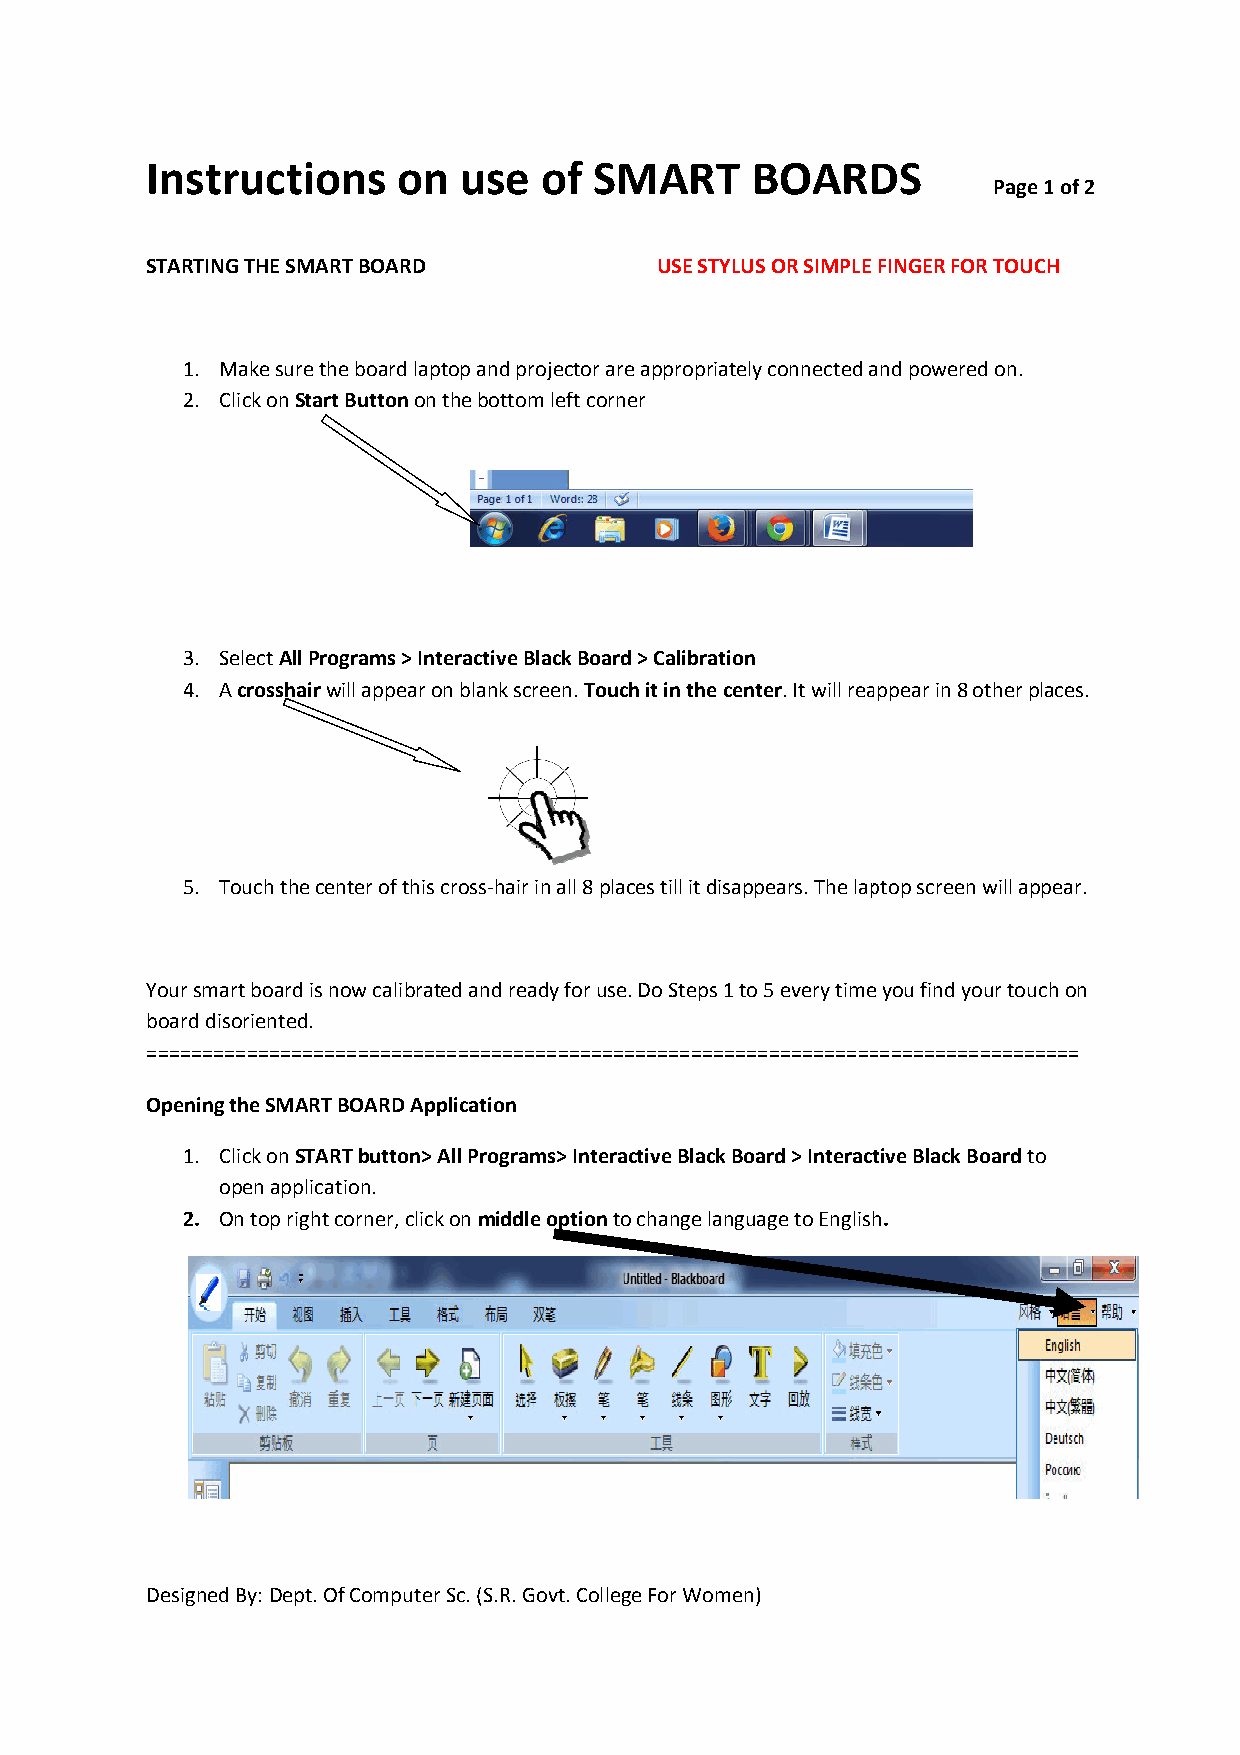
IIInnnssstttrrruuuccctttiiiooonnnsss ooonnn uuussseee ooofff SSSMMMAAARRRTTT BBBOOOAAARRRDDDSSS
 Page 1 of 2
 STARTING THE SMART BOARD          UUSSEE SSTTYYLLUUSS OORR SSIIMMPPLLEE FFIINNGGEERR FOR TOUCH
 1. MMMaaakkkeee sssuuurrreee ttthhheee bbboooaaarrrddd lllaaappptttoooppp aaannnddd ppprrrooojjjeeeccctttooorrr aaarrreee aaapppppprrroooppprrriiiaaattteeelllyyy cccooonnnnnneeecccttteeeddd aaannnddd pppooowwweeerrreeeddd ooonnn...
 2. Click on Start Button oonn tthhee bboottttoomm lleefftt ccoorrnneerr
 3. Select AAllll PPrrooggrraammss >> IInntteerraaccttiivvee Black Board > Calibration
 4. A crosshair wwiillll aappppeeaarr oonn bbllaannkk ssccrreeeenn.. Touch it in the center.. IItt wwiillll rreeaappppeeaarr iinn 8 other places.
 5. TToouucchh tthhee cceenntteerr ooff tthhiiss ccrroossss-hhaaiirr iinn aallll 88 ppllaacceess ttiillll iitt ddiissaappppeeaarrss.. TThhee llaappttoopp ssccrreeeenn wwiillll aappppeeaarr..
 Your smart board is now calibrattteeeddd aaannnddd rrreeeaaadddyyy fffooorrr uuussseee... DDDooo SSSttteeepppsss 111 tttooo 555 eeevvveeerrryyy tttiiimmmeee yyyooouuu fffiiinnnddd yyyooouuurrr tttooouuuccchhh ooonnn
 board disoriented.
 ============================================================================================================================================================================================================================================================
 OOppeenniinngg tthhee SSMMAARRTT BBOOAARRDD AApppplliiccaattiioonn
 1. Click on SSTTAARRTT bbuuttttoonn>> AAllll PPrrooggrraammss>> IInntteerraaccttiivvee BBllaacckk BBooaarrdd >> IInntteerraaccttiivvee BBllaacckk BBooaarrdd to
 open application.
 2. OOnn ttoopp rriigghhtt ccoorrnneerr,, cclliicckk oonn middle option ttoo cchhaannggee llaanngguuaaggee ttoo EEnngglliisshh.
 Designed BByy:: DDeepptt.. OOff CCoommppuutteerr SScc.. ((SS..RR.. GGoovvtt.. CCoolllleeggee FFoorr WWoommeenn))